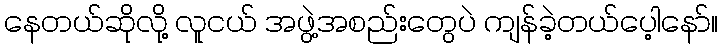
နေတယ်ဆိုလို့ လူငယ် အဖွဲ့အစည်းတွေပဲ ကျန်ခဲ့တယ်ပေ့ါနော်။